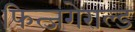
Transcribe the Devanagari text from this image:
फित्जगेराल्ड